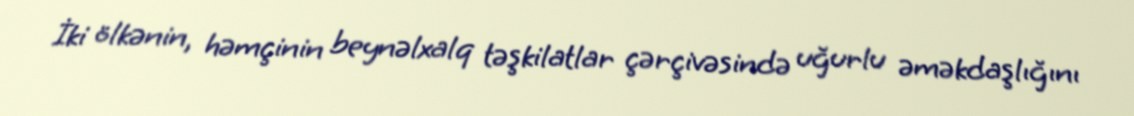
İki ölkənin, həmçinin beynəlxalq təşkilatlar çərçivəsində uğurlu əməkdaşlığını